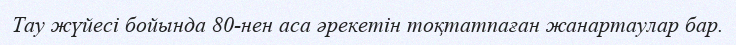
Тау жүйесі бойында 80-нен аса әрекетін тоқтатпаған жанартаулар бар.